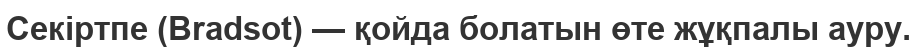
Секіртпе (Bradsot) — қойда болатын өте жұқпалы ауру.